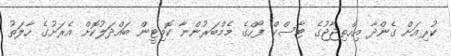
ކުރިއަށް ގެންދާ އިހްތިޖާޖުގެ ޓާސްކް ފޯހްގެ މެމްބަރުންނާ ކޮމިޓީން ބައްދަލުކޮށް އެރަށުގެ ހާލަތު